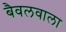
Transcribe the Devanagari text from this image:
बैवलवाला